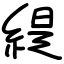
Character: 緹